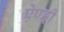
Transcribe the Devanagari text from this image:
ऐण्ड्री